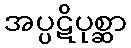
အပ္ပဋိပုစ္ဆာ